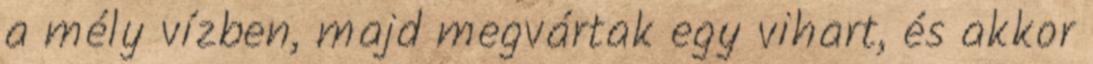
a mély vízben, majd megvártak egy vihart, és akkor